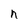
Character: n